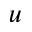
u